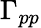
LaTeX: \Gamma_{pp}